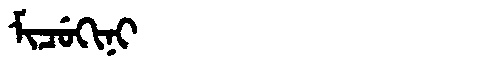
Manchu: ᠮᡳᠴᡠᡴᡳᠨᡳ
Romanization: MICUKINI